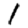
Digit: 1